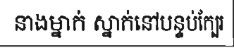
នាងម្នាក់ ស្នាក់នៅបន្ទប់ក្បែរ